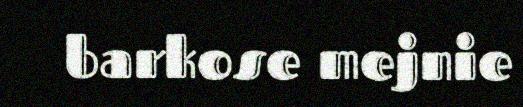
barkose mejnie